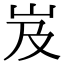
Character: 岌